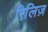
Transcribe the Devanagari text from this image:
रिलि़ज़